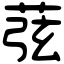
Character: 𦱁